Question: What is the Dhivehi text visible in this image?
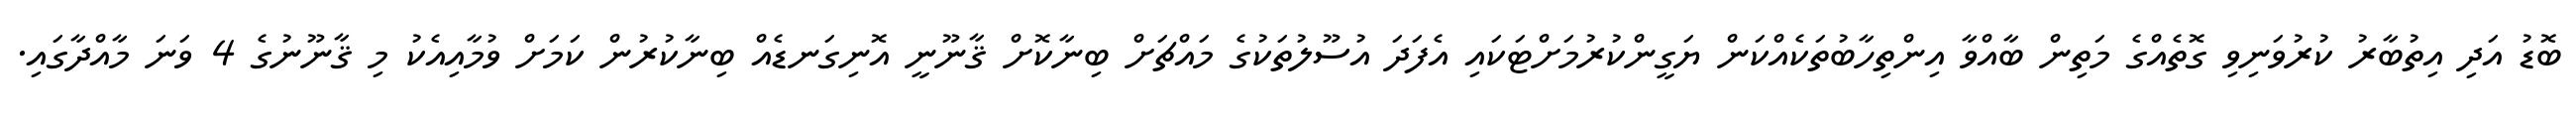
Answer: ބޮޑު އަދި އިތުބާރު ކުރުވަނިވި ގޮތެއްގެ މަތިން ބާއްވާ އިންތިހާބުތަކެއްކަން ޔަގީންކުރުމަށްޓަކައި އެފަދަ އުސޫލުތަކުގެ މައްޗަށް ބިނާކޮށް ޤާނޫނީ އޮނިގަނޑެއް ބިނާކުރުން ކަމަށް ވުމާއިއެކު މި ޤާނޫނުގެ 4 ވަނަ މާއްދާގައި.